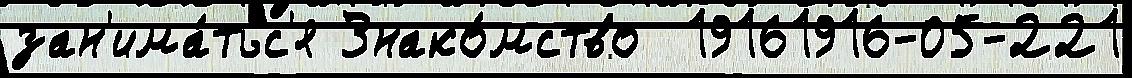
зан'има́тьс'я Знако́мство  19161916-05-221